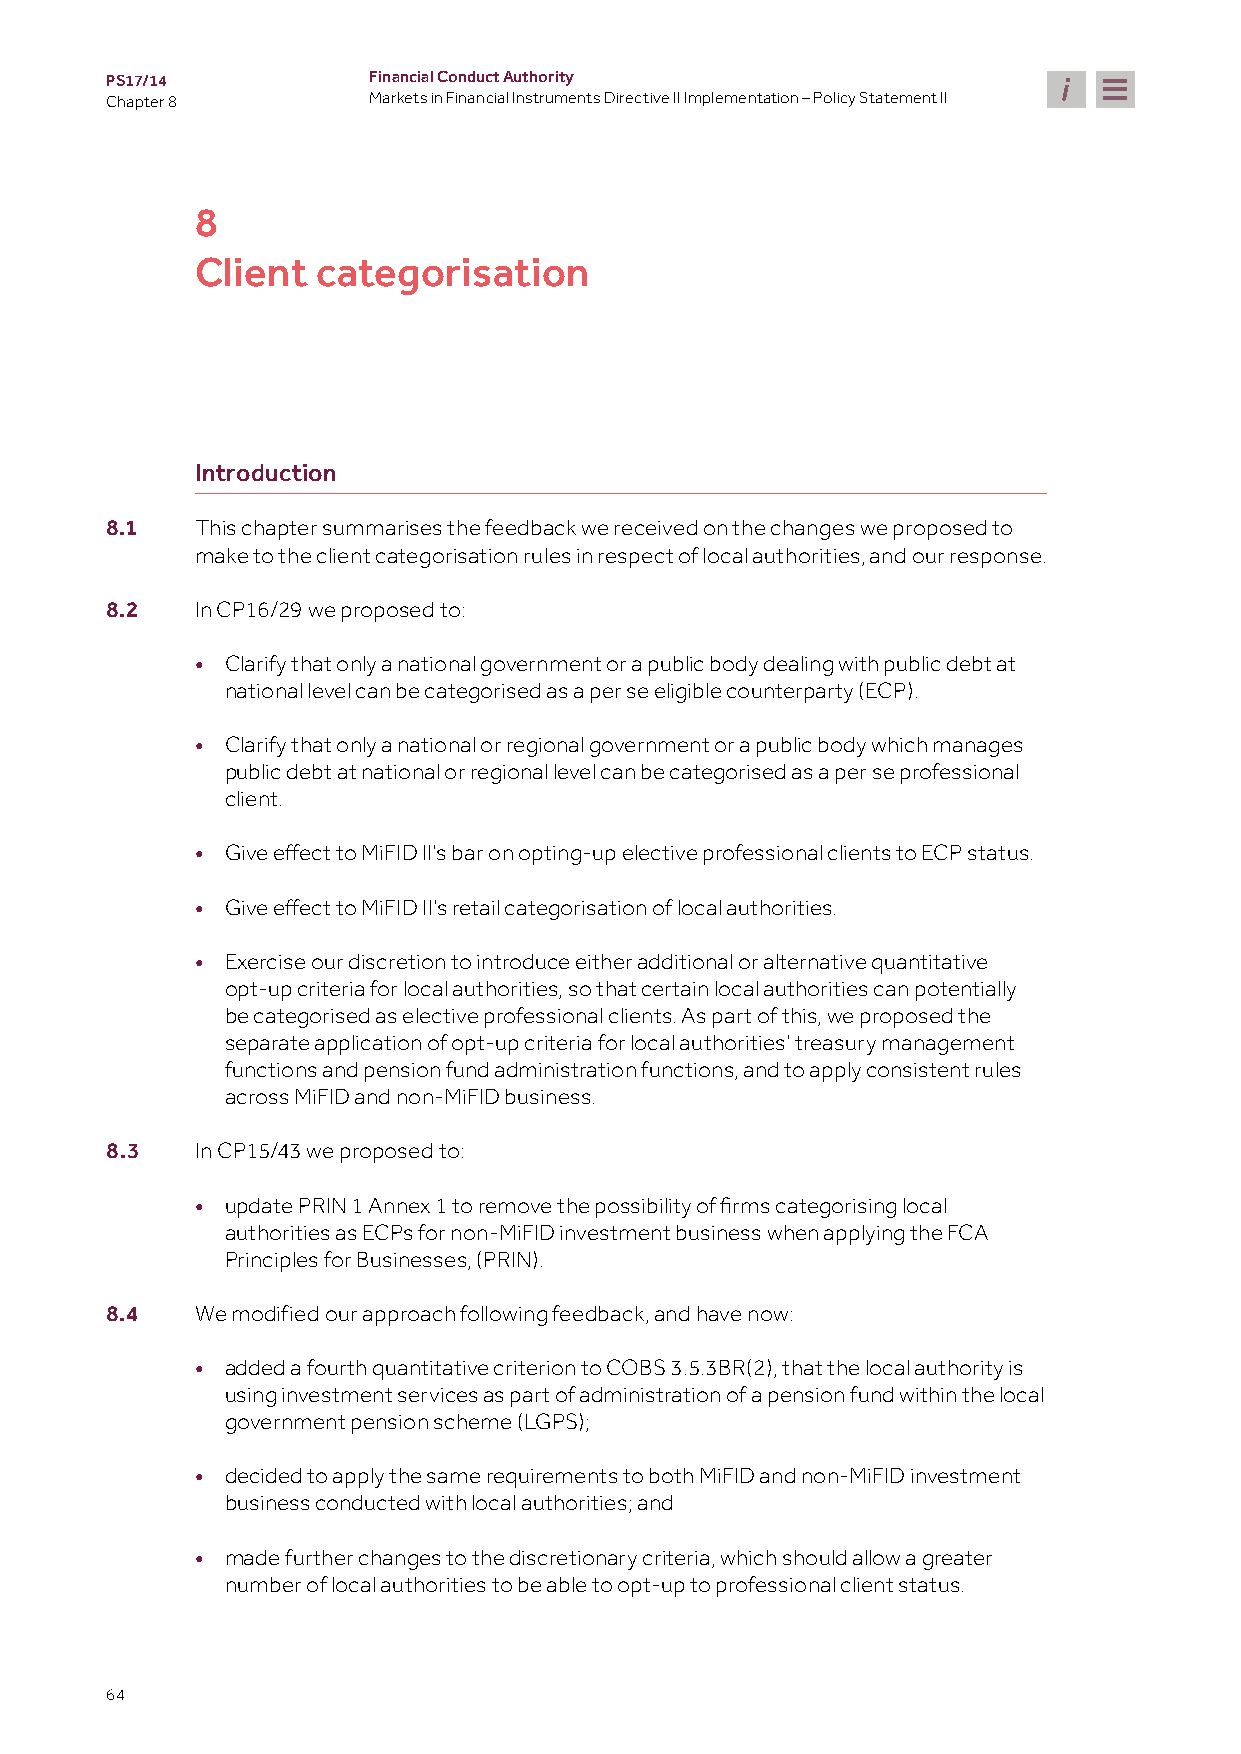
PS17/14          Financial Conduct Authority
 Chapter 8        Markets in Financial Instruments Directive II Implementation – Policy Statement II
 8
 Client  categorisation
 Introduction
 8.1   This chapter summarises the feedback we received on the changes we proposed to
 make to the client categorisation rules in respect of local authorities, and our response.
 8.2   In CP16/29 we proposed to:
 • Clarify that only a national government or a public body dealing with public debt at
 national level can be categorised as a per se eligible counterparty (ECP).
 • Clarify that only a national or regional government or a public body which manages
 public debt at national or regional level can be categorised as a per se professional
 client.
 •
 Give effect to MiFID II’s bar on opting-up elective professional clients to ECP status.
 •
 Give effect to MiFID II’s retail categorisation of local authorities.
 • Exercise our discretion to introduce either additional or alternative quantitative
 opt-up criteria for local authorities, so that certain local authorities can potentially
 be categorised as elective professional clients. As part of this, we proposed the
 separate application of opt-up criteria for local authorities’ treasury management
 functions and pension fund administration functions, and to apply consistent rules
 across MiFID and non-MiFID business.
 8.3   In CP15/43 we proposed to:
 •
 update PRIN 1 Annex 1 to remove the possibility of firms categorising local
 authorities as ECPs for non-MiFID investment business when applying the FCA
 Principles for Businesses, (PRIN).
 8.4   We modified our approach following feedback, and have now:
 • added a fourth quantitative criterion to COBS 3.5.3BR(2), that the local authority is
 using investment services as part of administration of a pension fund within the local
 government pension scheme (LGPS);
 • decided to apply the same requirements to both MiFID and non-MiFID investment
 business conducted with local authorities; and
 • made further changes to the discretionary criteria, which should allow a greater
 number of local authorities to be able to opt-up to professional client status.
 64